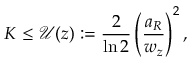
K \leq \mathcal { U } ( z ) : = \frac { 2 } { \ln 2 } \left( \frac { a _ { R } } { w _ { z } } \right) ^ { 2 } ,